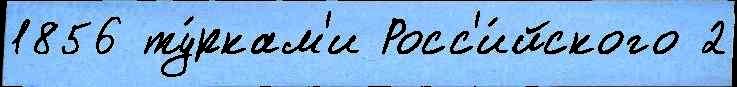
1856 ту́ркам'и Росс'и́йского 2